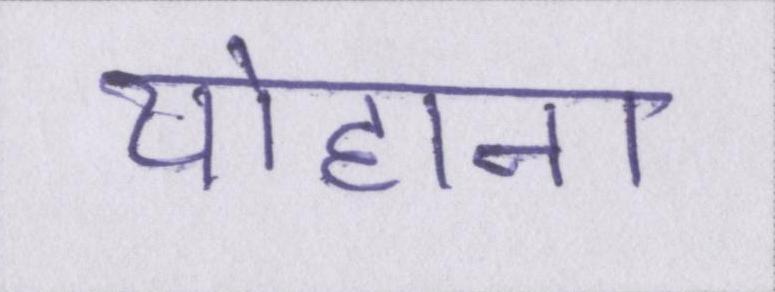
योहाना